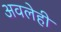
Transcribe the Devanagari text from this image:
अवलेही